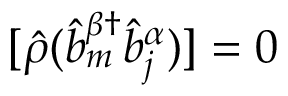
[ \hat { \rho } ( \hat { b } _ { m } ^ { \beta \dagger } \hat { b } _ { j } ^ { \alpha } ) ] = 0